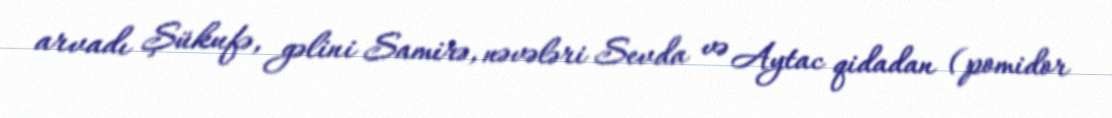
arvadı Şükufə, gəlini Samirə, nəvələri Sevda və Aytac qidadan (pomidor